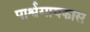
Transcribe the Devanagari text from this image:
पार्श्वगायकास